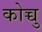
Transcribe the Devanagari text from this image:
कोच्चु